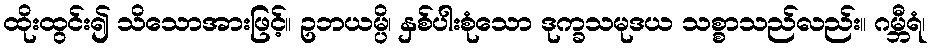
ထိုးထွင်း၍ သိသောအားဖြင့်။ ဥဘယမ္ပိ၊ နှစ်ပါးစုံသော ဒုက္ခသမုဒယ သစ္စာသည်လည်း။ ဂမ္ဘီရံ၊